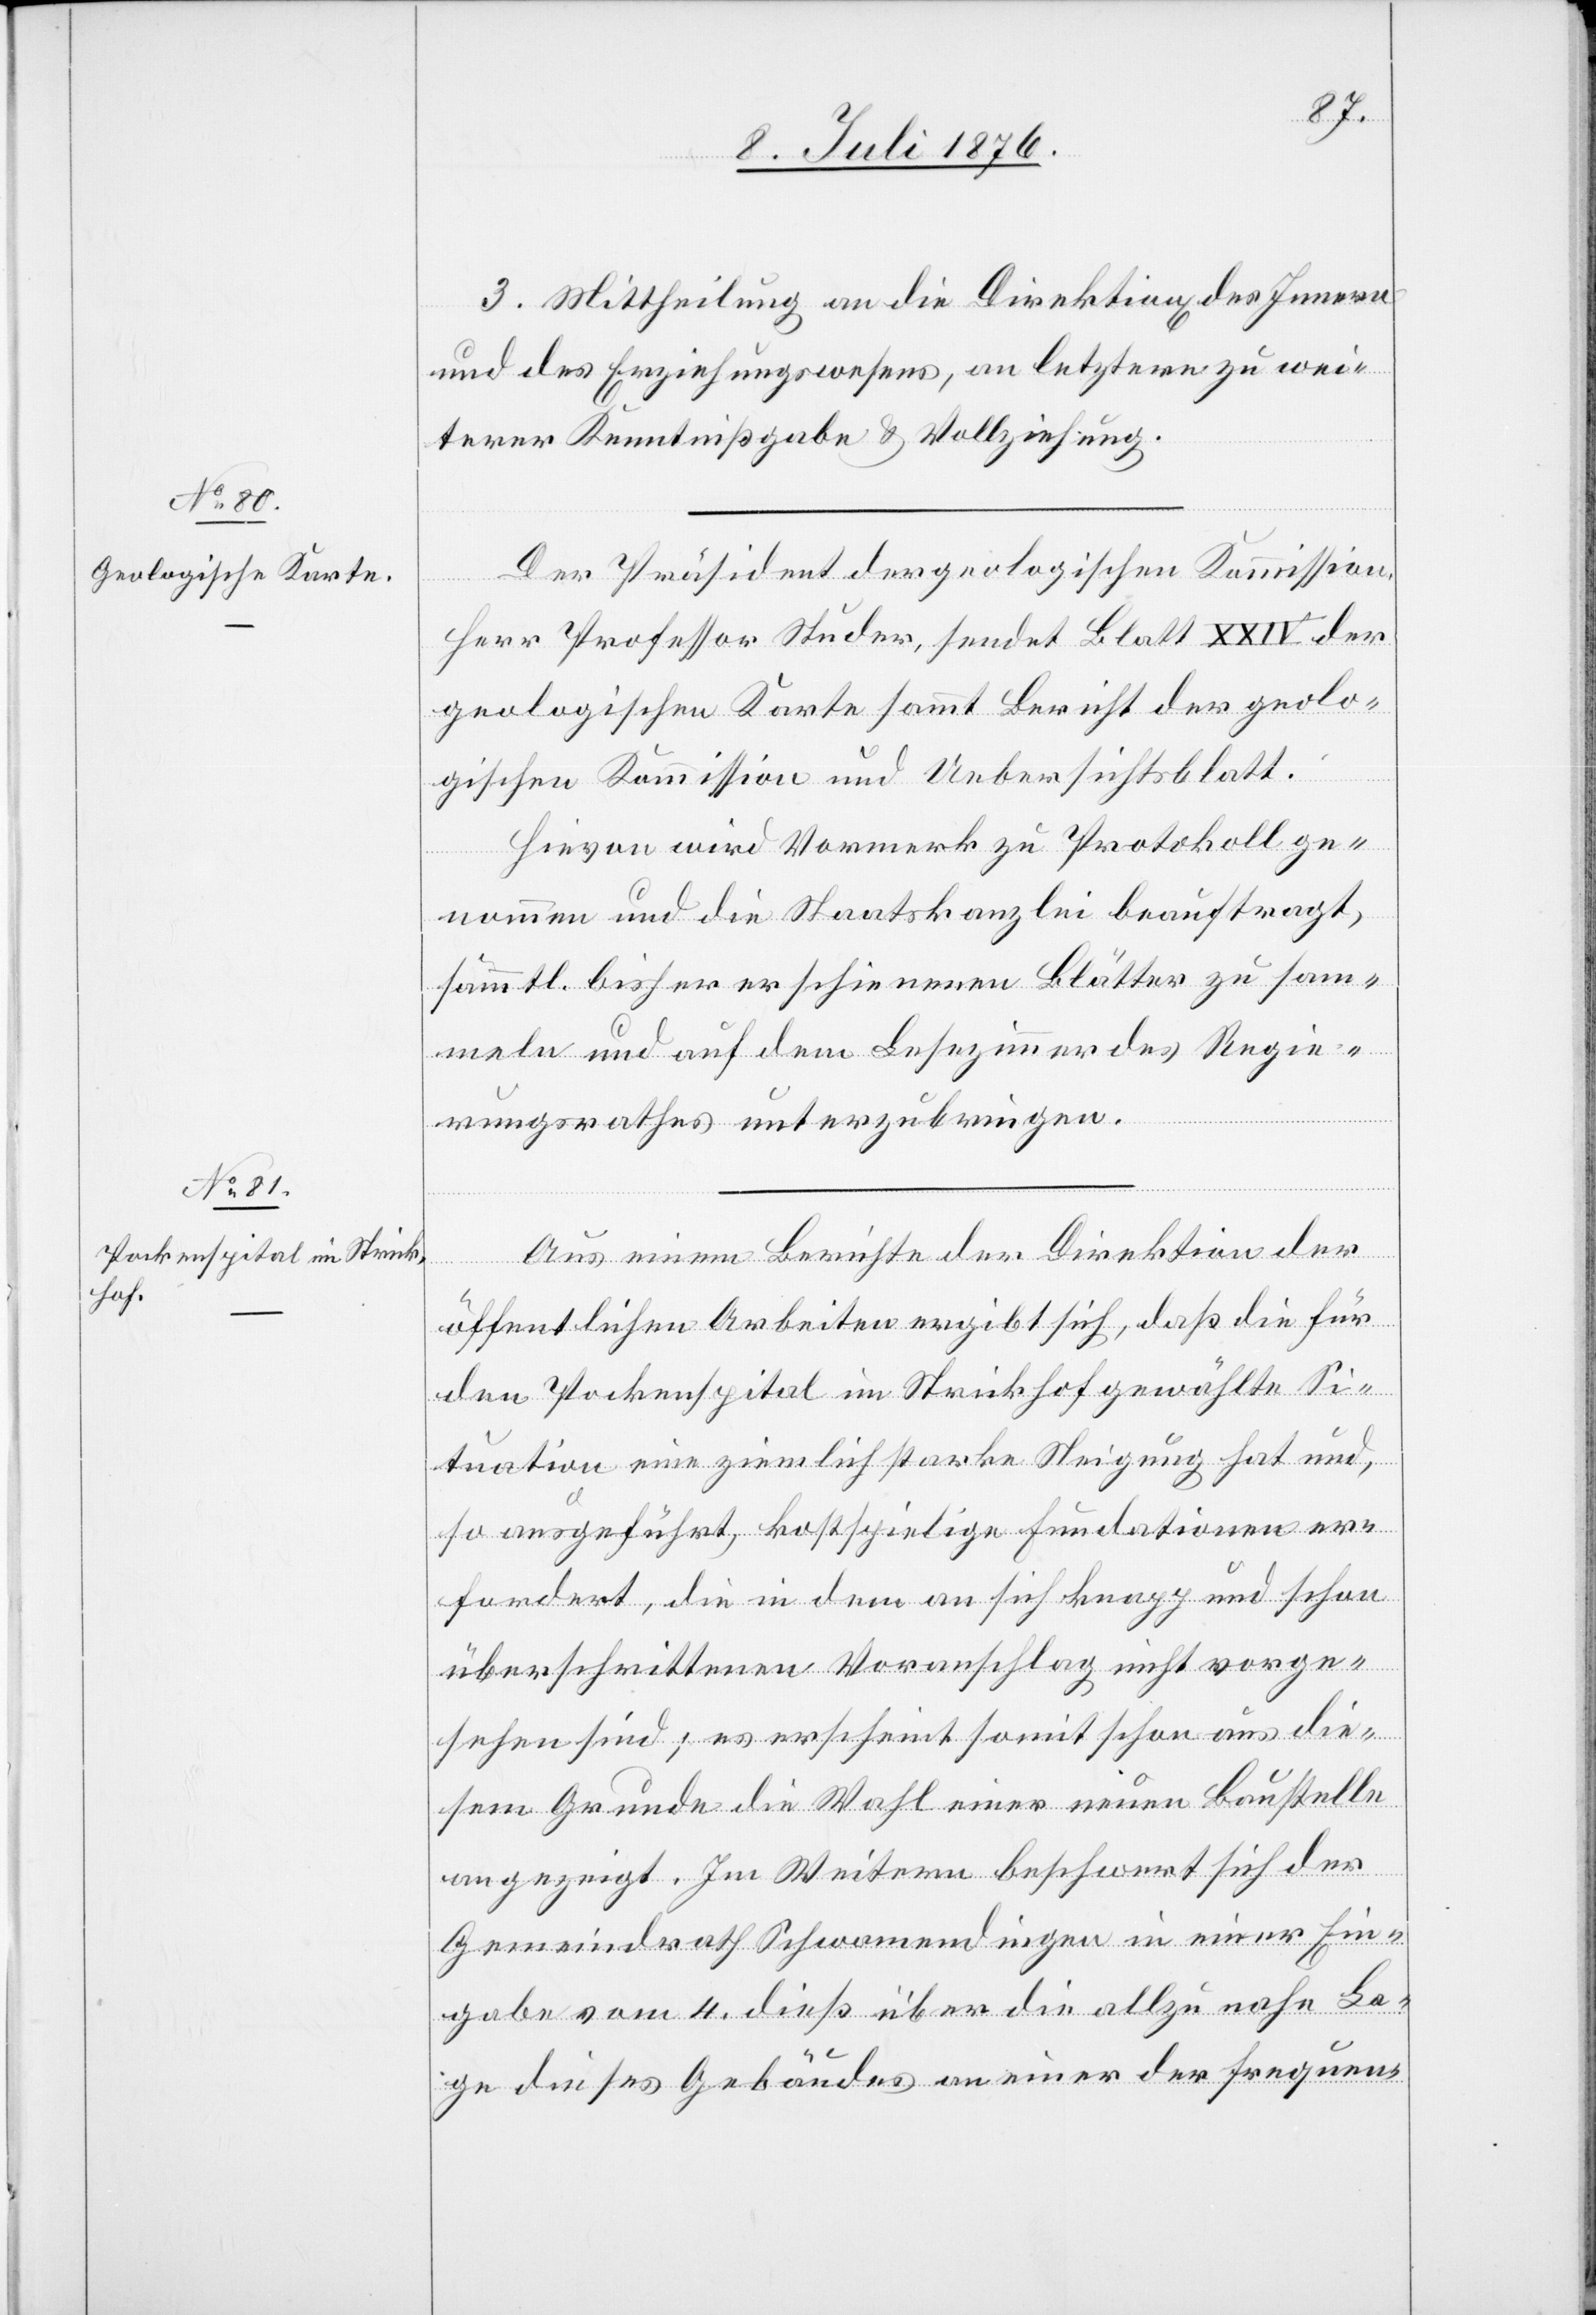
3. Mittheilung an die Direktionen des Innern
und des Erziehungswesens, an letztere zu wei¬
terer Kenntnißgabe & Vollziehung.
Der Präsident der geologischen Kommission,
Herr Professor Studer, sendet Blatt XXIV der
geologischen Karte sammt Bericht der geolo¬
gischen Kommission und Uebersichtsblatt.
Hievon wird Vormerk zu Protokoll ge¬
nommen und die Staatskanzlei beauftragt,
sämmtl. bisher erschienenen Blätter zu sam¬
meln und auf dem Lesezimmer des Regie¬
rungsrathes unterzubringen.
Aus einem Berichte der Direktion der
öffentlichen Arbeiten ergibt sich, daß die für
den Pockenspital im Strickhof gewählte Si¬
tuation eine ziemlich starke Steigung hat und,
so ausgeführt, kostspielige Fundationen er¬
fordert, die in dem an sich knapp und schon
überschrittenen Voranschlag nicht vorge¬
sehen sind; es erscheint somit schon aus die¬
sem Grunde die Wahl einer neuen Baustelle
angezeigt. Im Weitern beschwert sich der
Gemeindrath Schwammendingen in einer Ein¬
gabe vom 4. dieß über die allzu nahe La¬
ge dieses Gebäudes an einer der frequen-